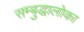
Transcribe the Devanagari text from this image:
सम्बुद्धालोका